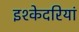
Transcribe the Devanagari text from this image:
इश्केदरियां